Epidemic dropsy in Calcutta - Number 45
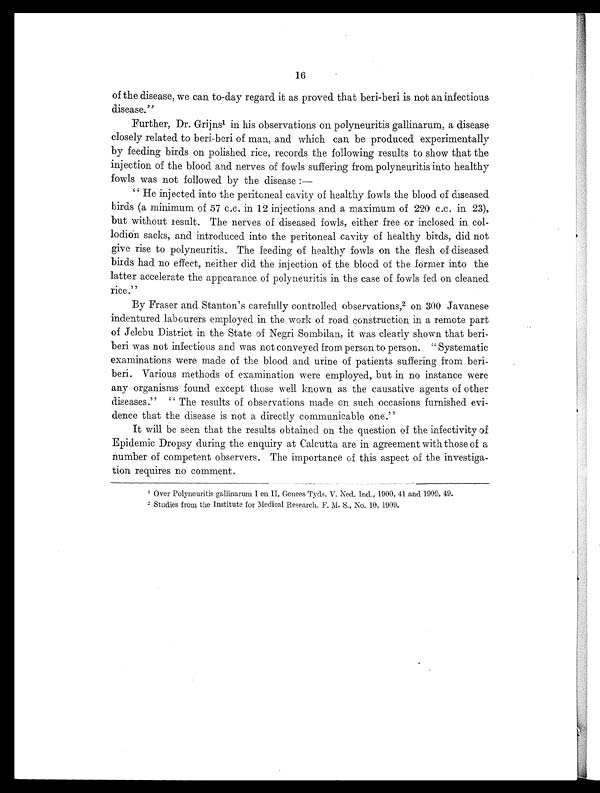
16
of the disease, we can to-day regard it as proved that beri-beri is not an infectious
disease."
Further, Dr. Grijns1 i n h i s o b s e r v a t i o n s o n p o l y n e u r i t i s g a l l i n a r u m , a d i s e a s e
closely related to beri-beri of man, and which can be produced experimentally
by feeding birds on polished rice, records the following results to show that the
injection of the blood and nerves of fowls suffering from polyneuritis into healthy
fowls was not followed by the disease :—
"He injected into the peritoneal cavity of healthy fowls the blood of diseased
birds (a minimum of 57 c.c. in 12 injections and a maximum of 220 c.c. in 23),
but without result. The nerves of diseased fowls, either free or inclosed in col-
lodion sacks, and introduced into the peritoneal cavity of healthy birds, did not
give rise to polyneuritis. The feeding of healthy fowls on the flesh of diseased
birds had no effect, neither did the injection of the blood of the former into the
latter accelerate the appearance of polyneuritis in the case of fowls fed on cleaned
rice."
By Fraser and Stanton's carefully controlled observations, 2 on 300 Javanese
indentured labourers employed in the work of road construction in a remote part
of Jelebu District in the State of Negri Sombilan, it was clearly shown that beri-
beri was not infectious and was not conveyed from person to person. "Systematic
examinations were made of the blood and urine of patients suffering from beri-
beri. Various methods of examination were employed, but in no instance were
any organisms found except those well known as the causative agents of other
diseases." " The results of observations made on such occasions furnished evi-
dence that the disease is not a directly communicable one."
It will be seen that the results obtained on the question of the infectivity of
Epidemic Dropsy during the enquiry at Calcutta are in agreement with those of a
number of competent observers. The importance of this aspect of the investiga-
tion requires no comment.
1Over Polyneuritis gallinarum I on II, Genees Tyds. V. Ned. Ind., 1900, 41 and 1909, 49.
2Studies from the Institute for Medical Research, F. M. S., No. 10, 1909.